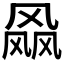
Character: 𱃝